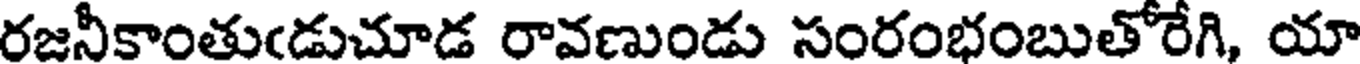
రజనీకాంతుఁడుచూడ రావణుండు సంరంభంబుతోరేగి, యా